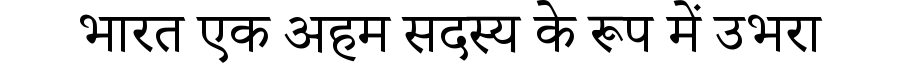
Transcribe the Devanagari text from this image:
भारत एक अहम सदस्य के रूप में उभरा